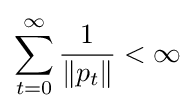
\sum _{t=0}^{\infty }{\frac {1}{\|p_{t}\|}}<\infty